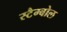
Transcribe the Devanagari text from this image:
स्टैम्बोल